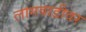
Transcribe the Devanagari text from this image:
लागवाडीवर